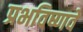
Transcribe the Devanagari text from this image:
प्रभविष्णवे